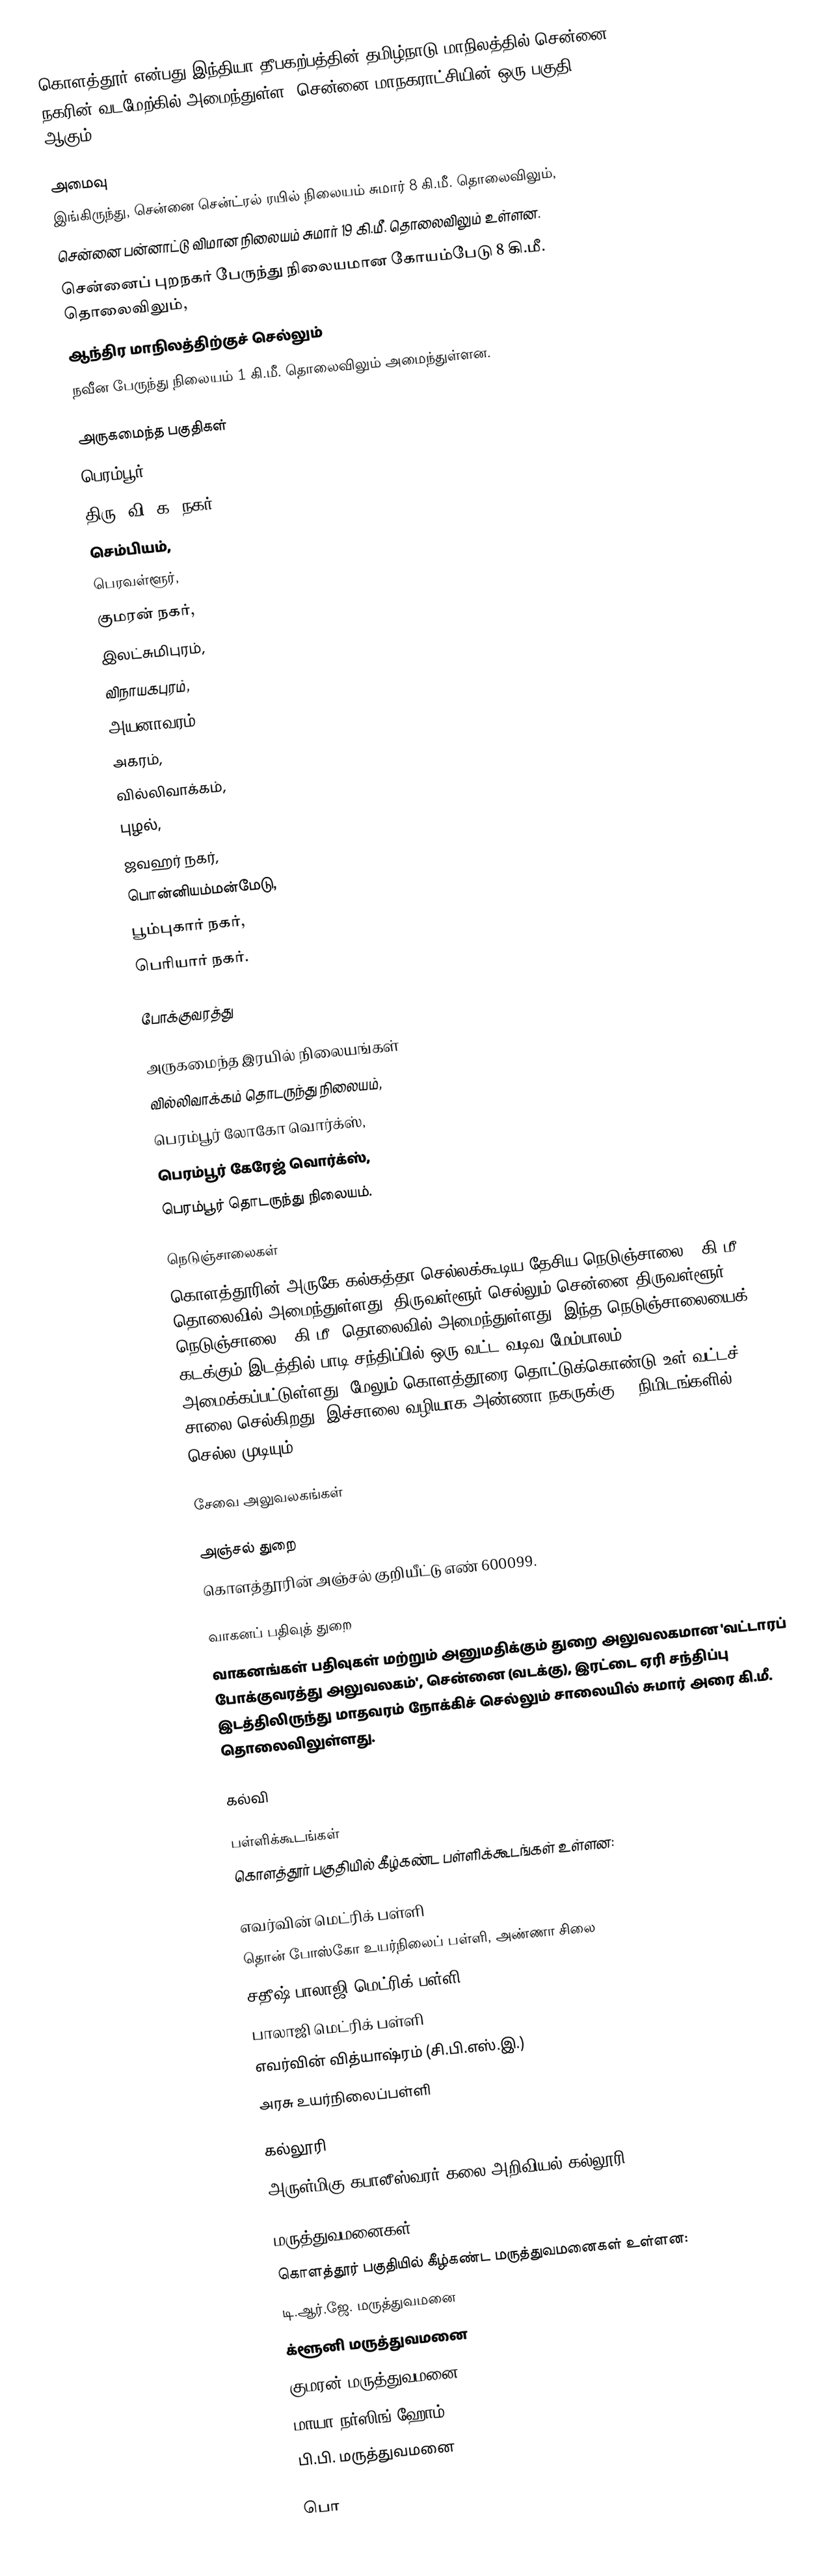
கொளத்தூர் என்பது இந்தியா தீபகற்பத்தின் தமிழ்நாடு மாநிலத்தில் சென்னை நகரின் வடமேற்கில் அமைந்துள்ள, சென்னை மாநகராட்சியின் ஒரு பகுதி ஆகும்.

அமைவு
இங்கிருந்து, சென்னை சென்ட்ரல் ரயில் நிலையம் சுமார் 8 கி.மீ. தொலைவிலும்,
சென்னை பன்னாட்டு விமான நிலையம் சுமார் 19 கி.மீ. தொலைவிலும் உள்ளன.
சென்னைப் புறநகர் பேருந்து நிலையமான கோயம்பேடு 8 கி.மீ. தொலைவிலும்,
ஆந்திர மாநிலத்திற்குச் செல்லும்
நவீன பேருந்து நிலையம் 1 கி.மீ. தொலைவிலும் அமைந்துள்ளன.

அருகமைந்த பகுதிகள்
பெரம்பூர்,
திரு. வி. க. நகர்,
செம்பியம்,
பெரவள்ளூர்,
குமரன் நகர்,
இலட்சுமிபுரம்,
விநாயகபுரம்,
அயனாவரம்,
அகரம்,
வில்லிவாக்கம்,
புழல்,
ஜவஹர் நகர்,
பொன்னியம்மன்மேடு,
பூம்புகார் நகர்,
பெரியார் நகர்.

போக்குவரத்து

அருகமைந்த இரயில் நிலையங்கள்
வில்லிவாக்கம் தொடருந்து நிலையம்,
பெரம்பூர் லோகோ வொர்க்ஸ்,
பெரம்பூர் கேரேஜ் வொர்க்ஸ்,
பெரம்பூர் தொடருந்து நிலையம்.

நெடுஞ்சாலைகள்
கொளத்தூரின் அருகே கல்கத்தா செல்லக்கூடிய தேசிய நெடுஞ்சாலை 1 கி.மீ. தொலைவில் அமைந்துள்ளது. திருவள்ளூர் செல்லும் சென்னை-திருவள்ளூர் நெடுஞ்சாலை 5 கி.மீ. தொலைவில் அமைந்துள்ளது. இந்த நெடுஞ்சாலையைக் கடக்கும் இடத்தில் பாடி சந்திப்பில் ஒரு வட்ட வடிவ மேம்பாலம் அமைக்கப்பட்டுள்ளது. மேலும் கொளத்தூரை தொட்டுக்கொண்டு உள் வட்டச் சாலை செல்கிறது. இச்சாலை வழியாக அண்ணா நகருக்கு 10 நிமிடங்களில் செல்ல முடியும்.

சேவை அலுவலகங்கள்

அஞ்சல் துறை
கொளத்தூரின் அஞ்சல் குறியீட்டு எண் 600099.

வாகனப் பதிவுத் துறை
வாகனங்கள் பதிவுகள் மற்றும் அனுமதிக்கும் துறை அலுவலகமான 'வட்டாரப் போக்குவரத்து அலுவலகம்', சென்னை (வடக்கு), இரட்டை ஏரி சந்திப்பு இடத்திலிருந்து மாதவரம் நோக்கிச் செல்லும் சாலையில் சுமார் அரை கி.மீ. தொலைவிலுள்ளது.

கல்வி

பள்ளிக்கூடங்கள்
கொளத்தூர் பகுதியில் கீழ்கண்ட பள்ளிக்கூடங்கள் உள்ளன:

 எவர்வின் மெட்ரிக் பள்ளி
 தொன் போஸ்கோ உயர்நிலைப் பள்ளி, அண்ணா சிலை
 சதீஷ் பாலாஜி மெட்ரிக் பள்ளி
 பாலாஜி மெட்ரிக் பள்ளி
 எவர்வின் வித்யாஷ்ரம் (சி.பி.எஸ்.இ.)
 அரசு உயர்நிலைப்பள்ளி

கல்லூரி
அருள்மிகு கபாலீஸ்வரர் கலை  அறிவியல் கல்லூரி

மருத்துவமனைகள்
கொளத்தூர் பகுதியில் கீழ்கண்ட மருத்துவமனைகள் உள்ளன:
 டி.ஆர்.ஜே. மருத்துவமனை
 க்ளூனி மருத்துவமனை
 குமரன் மருத்துவமனை
 மாயா நர்ஸிங் ஹோம்
 பி.பி. மருத்துவமனை

பொ